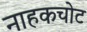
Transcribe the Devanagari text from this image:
नाहकचोट